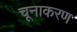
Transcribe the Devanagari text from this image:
चूनाकरण